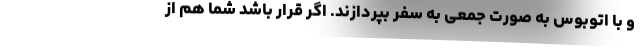
و با اتوبوس به صورت جمعی به سفر بپردازند. اگر قرار باشد شما هم از